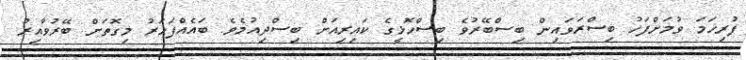
ފުރިހަމަ ވުމަށްފަހު ބިސްރަވައިން ބިސްބޭރުވެ ބިސްހޮޅީގެ ކައިރިއަށް ބިސްދިއުމެވެ. ބައެއްފަހަރު މިގޮތަށް ބޭރުވާއިރު